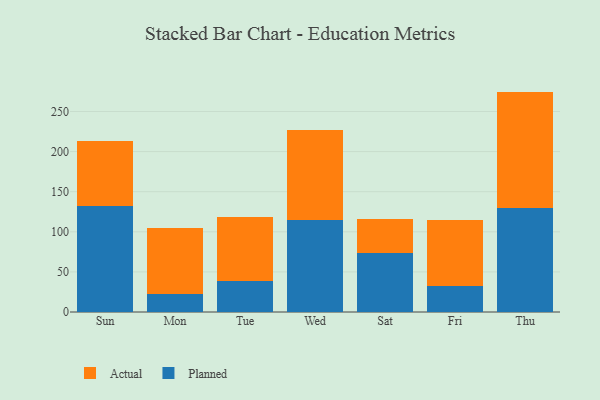
{"axis": {"x": "Day", "y": "Operating Costs (USD K)"}, "legend": ["Actual", "Planned"], "data": [{"x": "Sun", "y": 131.6, "type": "Planned"}, {"x": "Sun", "y": 81.3, "type": "Actual"}, {"x": "Mon", "y": 21.9, "type": "Planned"}, {"x": "Mon", "y": 83.2, "type": "Actual"}, {"x": "Tue", "y": 39.1, "type": "Planned"}, {"x": "Tue", "y": 78.8, "type": "Actual"}, {"x": "Wed", "y": 114.7, "type": "Planned"}, {"x": "Wed", "y": 111.8, "type": "Actual"}, {"x": "Sat", "y": 73.4, "type": "Planned"}, {"x": "Sat", "y": 42.0, "type": "Actual"}, {"x": "Fri", "y": 32.0, "type": "Planned"}, {"x": "Fri", "y": 82.3, "type": "Actual"}, {"x": "Thu", "y": 129.1, "type": "Planned"}, {"x": "Thu", "y": 145.7, "type": "Actual"}]}